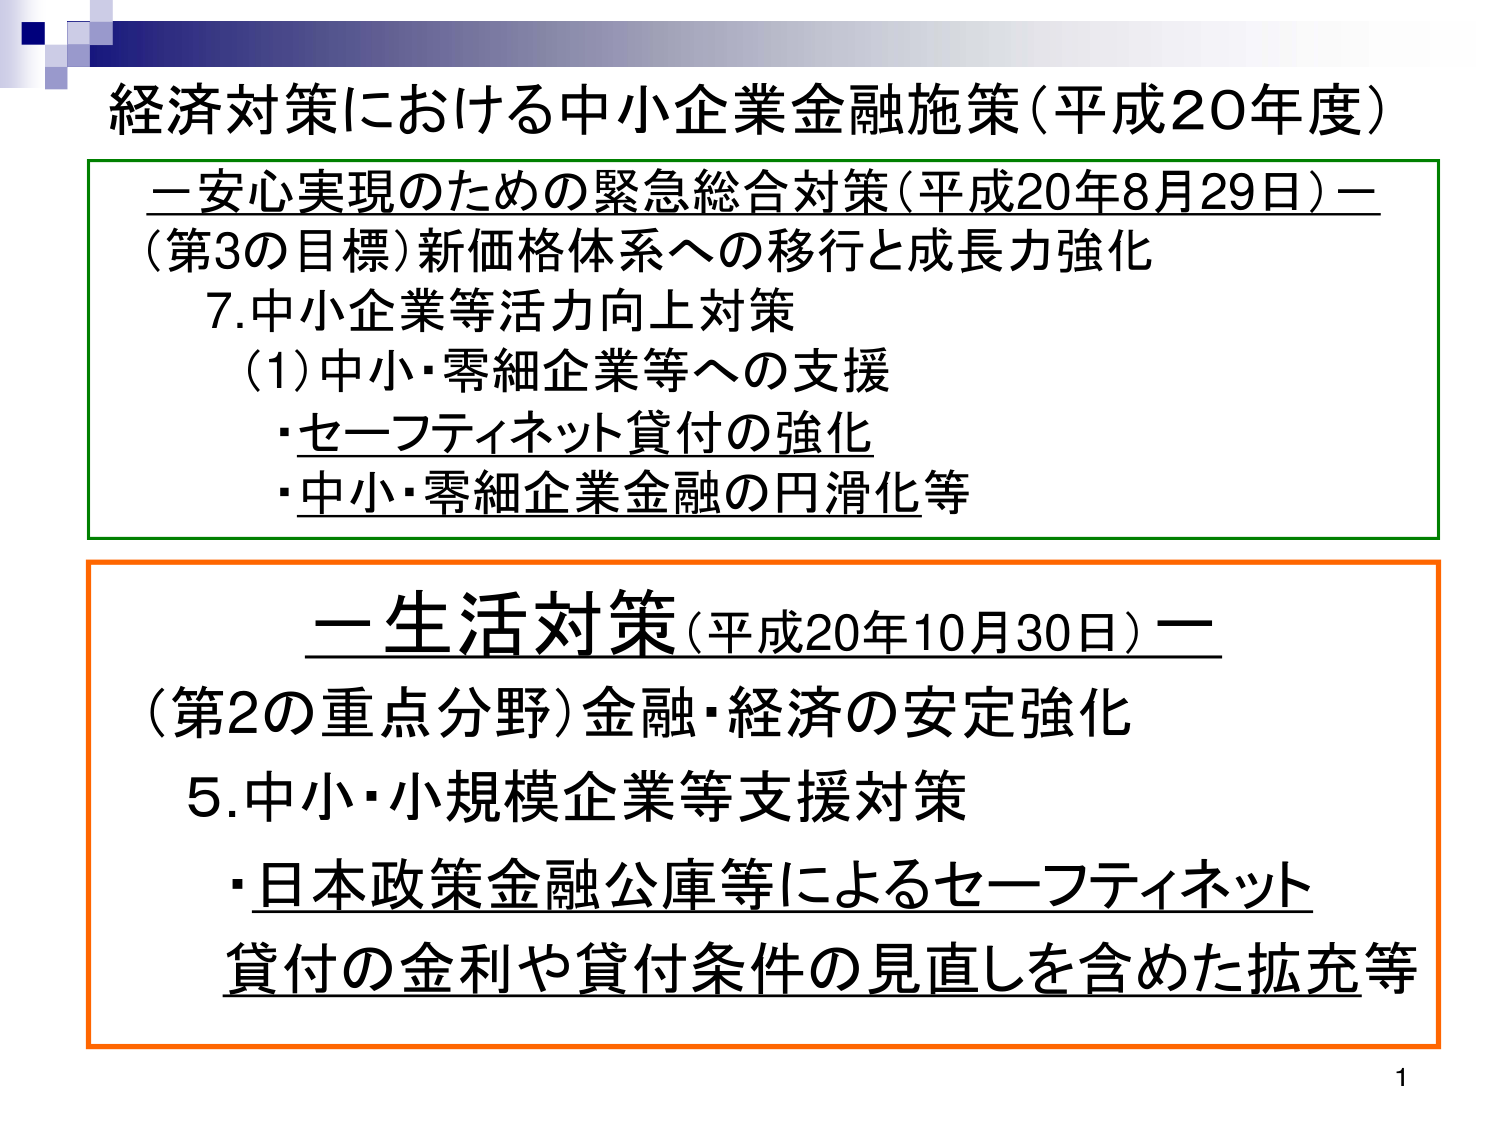
経済対策における中小企業金融施策（平成20年度）

－安心実現のための緊急総合対策（平成20年8月29日）－
（第3の目標）新価格体系への移行と成長力強化
7.中小企業等活力向上対策
（1）中小・零細企業等への支援
・セーフティネット貸付の強化
・中小・零細企業金融の円滑化等

－生活対策（平成20年10月30日）－
（第2の重点分野）金融・経済の安定強化
5.中小・小規模企業等支援対策
・日本政策金融公庫等によるセーフティネット
貸付の金利や貸付条件の見直しを含めた拡充等

1